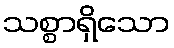
သစ္စာရှိသော